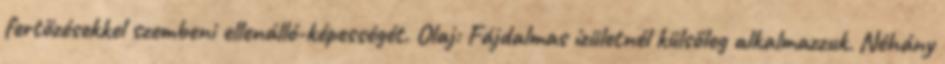
fertőzésekkel szembeni ellenálló-képességét. Olaj: Fájdalmas ízületnél külsőleg alkalmazzuk. Néhány